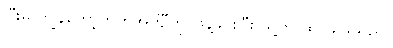
ပြီးမှ ကျွန်တော့်ကုတ်အင်္ကျီကို ဖြန့်ခင်းပြီး သူ့ကို ထိုင်ခိုင်းသည်။